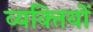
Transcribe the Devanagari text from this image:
व्‍यक्‍ितयों